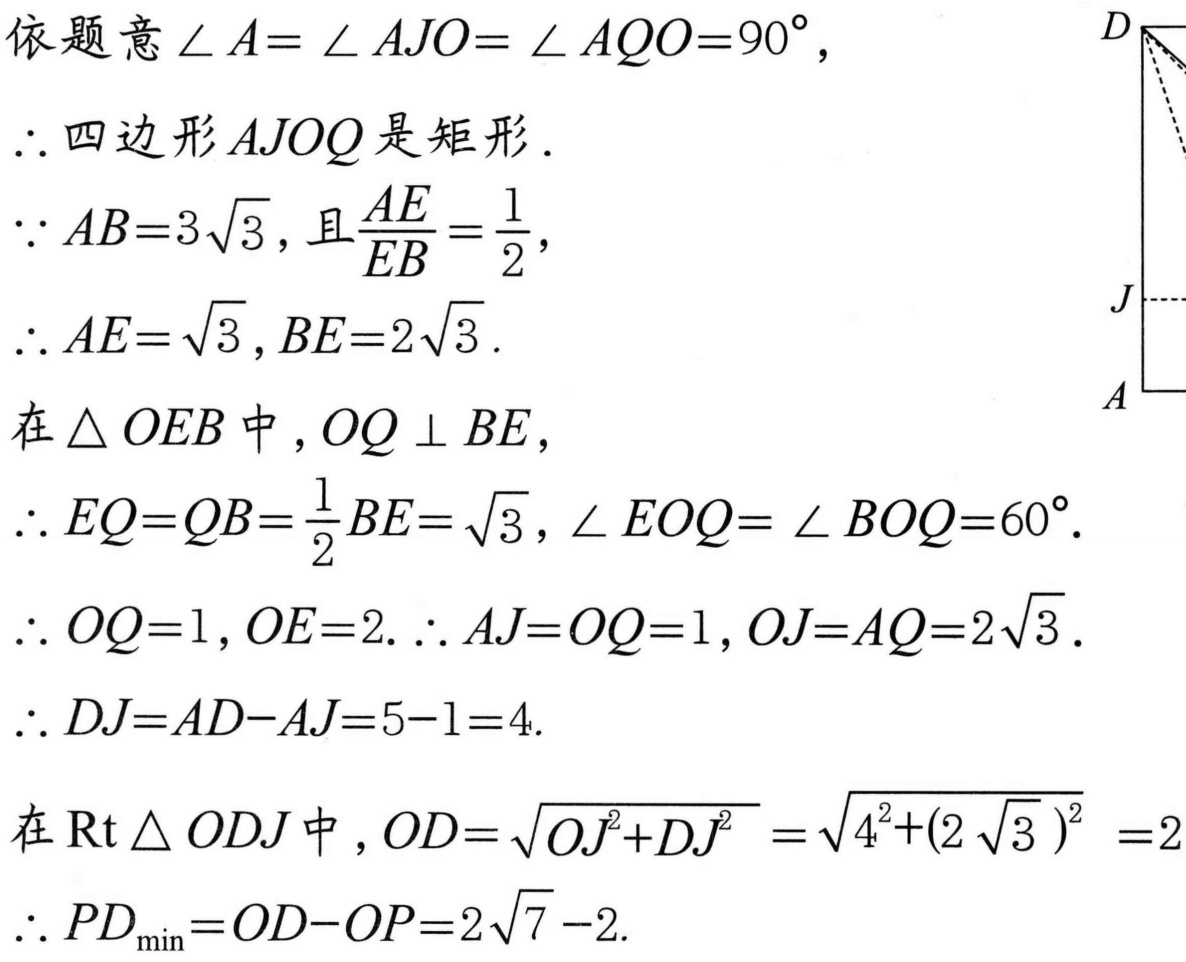
依题意\(\angle A = \angle AJO=\angle AQO = 90^{\circ}\)，
\(\therefore\)四边形\(AJOQ\)是矩形．
\(\because AB = 3\sqrt{3}\)，且\(\dfrac{AE}{EB}=\dfrac{1}{2}\)，
\(\therefore AE=\sqrt{3}\)，\(BE = 2\sqrt{3}\)．
在\(\triangle OEB\)中，\(OQ\perp BE\)，
\(\therefore EQ = QB=\dfrac{1}{2}BE=\sqrt{3}\)，\(\angle EOQ=\angle BOQ = 60^{\circ}\)．
\(\therefore OQ = 1\)，\(OE = 2\)．\(\therefore AJ=OQ = 1\)，\(OJ = AQ = 2\sqrt{3}\)．
\(\therefore DJ=AD - AJ=5 - 1 = 4\).
在\(\text{Rt}\triangle ODJ\)中，\(OD=\sqrt{OJ^{2}+DJ^{2}}=\sqrt{4^{2}+(2\sqrt{3})^{2}} = 2\sqrt{7}\)
\(\therefore PD_{\min}=OD - OP=2\sqrt{7}-2\).